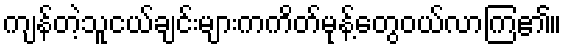
ကျန်တဲ့သူငယ်ချင်းများကကိတ်မုန့်တွေဝယ်လာကြ၏။